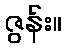
ဇွန်း။